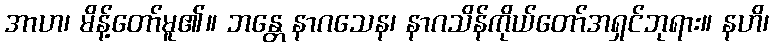
အာဟ၊ မိန့်တော်မူ၏။ ဘန္တေ နာဂသေန၊ နာဂသိန်ကိုယ်တော်အရှင်ဘုရား။ နဟိ၊